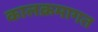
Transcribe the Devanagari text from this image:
कालक्रमागत